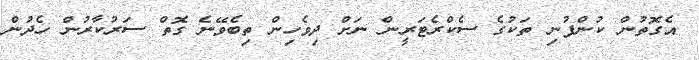
އެގޮތުން ކުންފުނި ތަކުގެ ސެކްރެޓަރީން ނަށް ދިވެހިން ތިބެވޭނެ ގޮތް ސަރުކާރުން ހެދުން